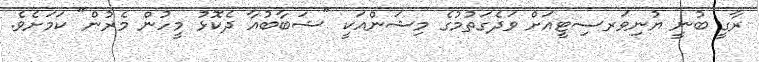
ރާގީ ބުނީ ޔުނިވަރސިޓީއަށް ވަދެގަތުމުގެ މިޝަންއަކީ "ޝަބާބުއާ ދެކޮޅު މީހުން މެރުން" ކަމަށެވެ.